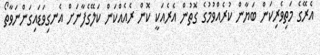
އެރޭގެ މަތިވެރިކަން ބަޔާން ކުރެއްވުމުގެ ގޮތުން އެރެއަކީ ކޮން ރެއެއްކަން ކަލޭގެފާނަށް އެނގިވަޑައިގަންނަވާތޯ